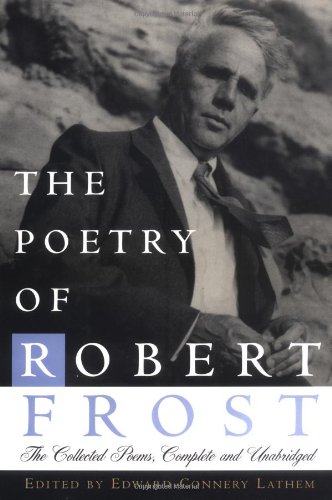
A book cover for The Poetry of Robert Frost: The Collected Poems, Complete and Unabridged; Robert Frost; Literature & Fiction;